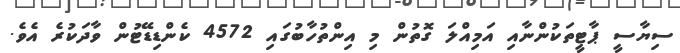
ސިޔާސީ ޕާޓީތަކުންނާއި އަމިއްލަ ގޮތުން މި އިންތުހާބުގައި 4572 ކެންޑިޑޭޓުން ވާދަކުރެ އެވެ.